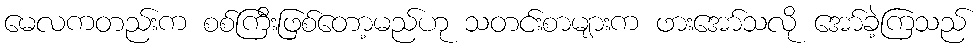
မေလကတည်းက စစ်ကြီးဖြစ်တော့မည်ဟု သတင်းစာများက ဖားအော်သလို အော်ခဲ့ကြသည်